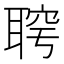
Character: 𦖓